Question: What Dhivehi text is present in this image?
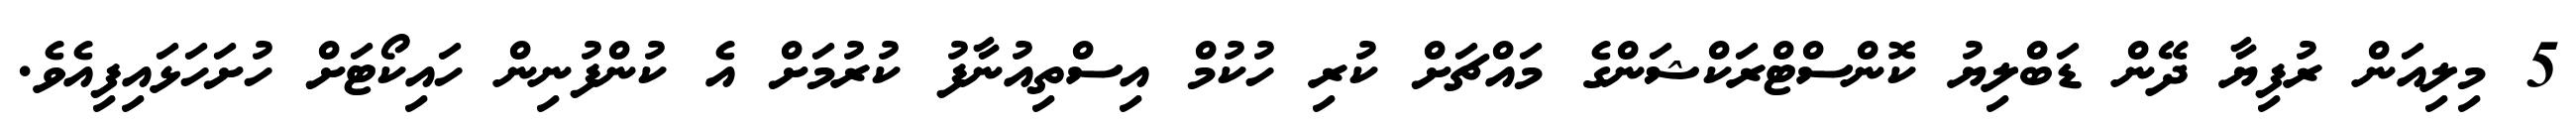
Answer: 5 މިލިއަން ރުފިޔާ ދޭން ޑަބްލިޔު ކޮންސްޓްރަކްޝަންގެ މައްޗަށް ކުރި ހުކުމް އިސްތިއުނާފު ކުރުމަށް އެ ކުންފުނިން ހައިކޯޓަށް ހުށަހަޅައިފިއެވެ.